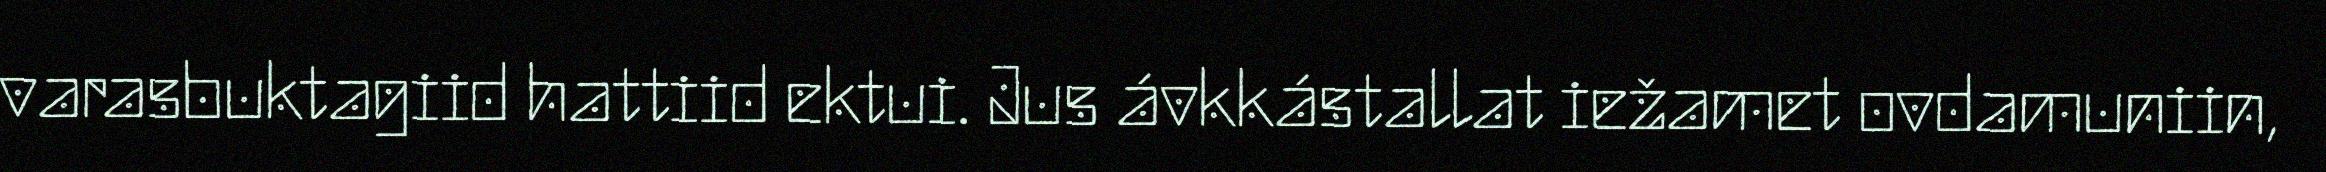
varasbuktagiid hattiid ektui. Jus ávkkástallat iežamet ovdamuniin,